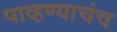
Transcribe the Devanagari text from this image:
पाव्हण्याचंच